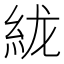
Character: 𰫞